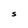
Character: S